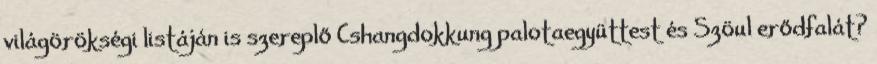
világörökségi listáján is szereplő Cshangdokkung palotaegyüttest és Szöul erődfalát?